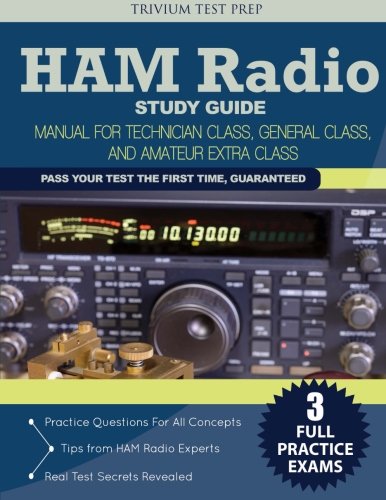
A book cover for Ham Radio Study Guide: Manual for Technician Class, General Class, and Amateur Extra Class; Ham Radio Study Guide Team; Crafts, Hobbies & Home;